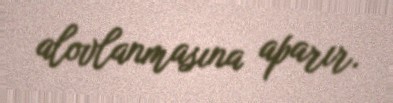
alovlanmasına aparır.